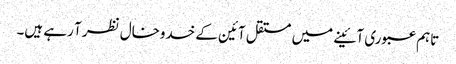
تاہم عبوری آئینے میں مستقل آئین کے خدوخال نظر آ رہے ہیں۔